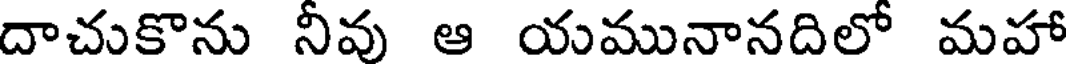
దాచుకొను నీవు ఆ యమునానదిలో మహా